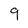
Character: 9